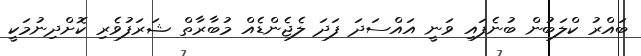
ބައްރު ކްލަބުން ބުނެފައި ވަނީ އައްސަދަ ފަދަ ލެޖެންޑެއް މުބާރާތް ޝަރަފުވެރި ކޮށްދިނުމަކީ